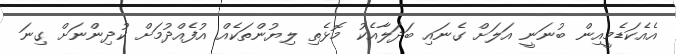
އެއެކަޑެމީއިން ބުނަނީ އަލަށް ގެނައި ބަދަލާއެކު މޮޅެތި ލިޔުންތަކެއް އުފެއްދުމަށް ކުދިންނަށް ގިނަ